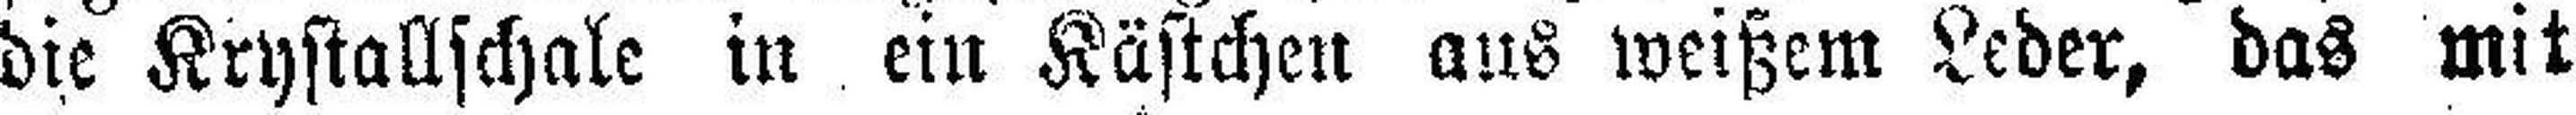
die Krystallschale in ein Kästchen aus weißem Leder, das mit